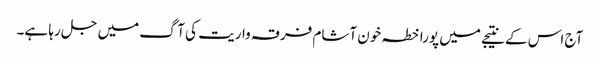
آج اس کے نتیجے میں پورا خطہ خون آشام فرقہ واریت کی آگ میں جل رہا ہے۔